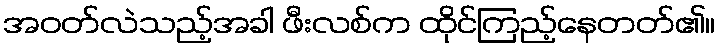
အဝတ်လဲသည့်အခါ ဖီးလစ်က ထိုင်ကြည့်နေတတ်၏။